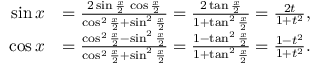
{ \begin{array} { r l } { \sin x } & { = { \frac { 2 \sin { \frac { x } { 2 } } \, \cos { \frac { x } { 2 } } } { \cos ^ { 2 } { \frac { x } { 2 } } + \sin ^ { 2 } { \frac { x } { 2 } } } } = { \frac { 2 \tan { \frac { x } { 2 } } } { 1 + \tan ^ { 2 } { \frac { x } { 2 } } } } = { \frac { 2 t } { 1 + t ^ { 2 } } } , } \\ { \cos x } & { = { \frac { \cos ^ { 2 } { \frac { x } { 2 } } - \sin ^ { 2 } { \frac { x } { 2 } } } { \cos ^ { 2 } { \frac { x } { 2 } } + \sin ^ { 2 } { \frac { x } { 2 } } } } = { \frac { 1 - \tan ^ { 2 } { \frac { x } { 2 } } } { 1 + \tan ^ { 2 } { \frac { x } { 2 } } } } = { \frac { 1 - t ^ { 2 } } { 1 + t ^ { 2 } } } . } \end{array} }